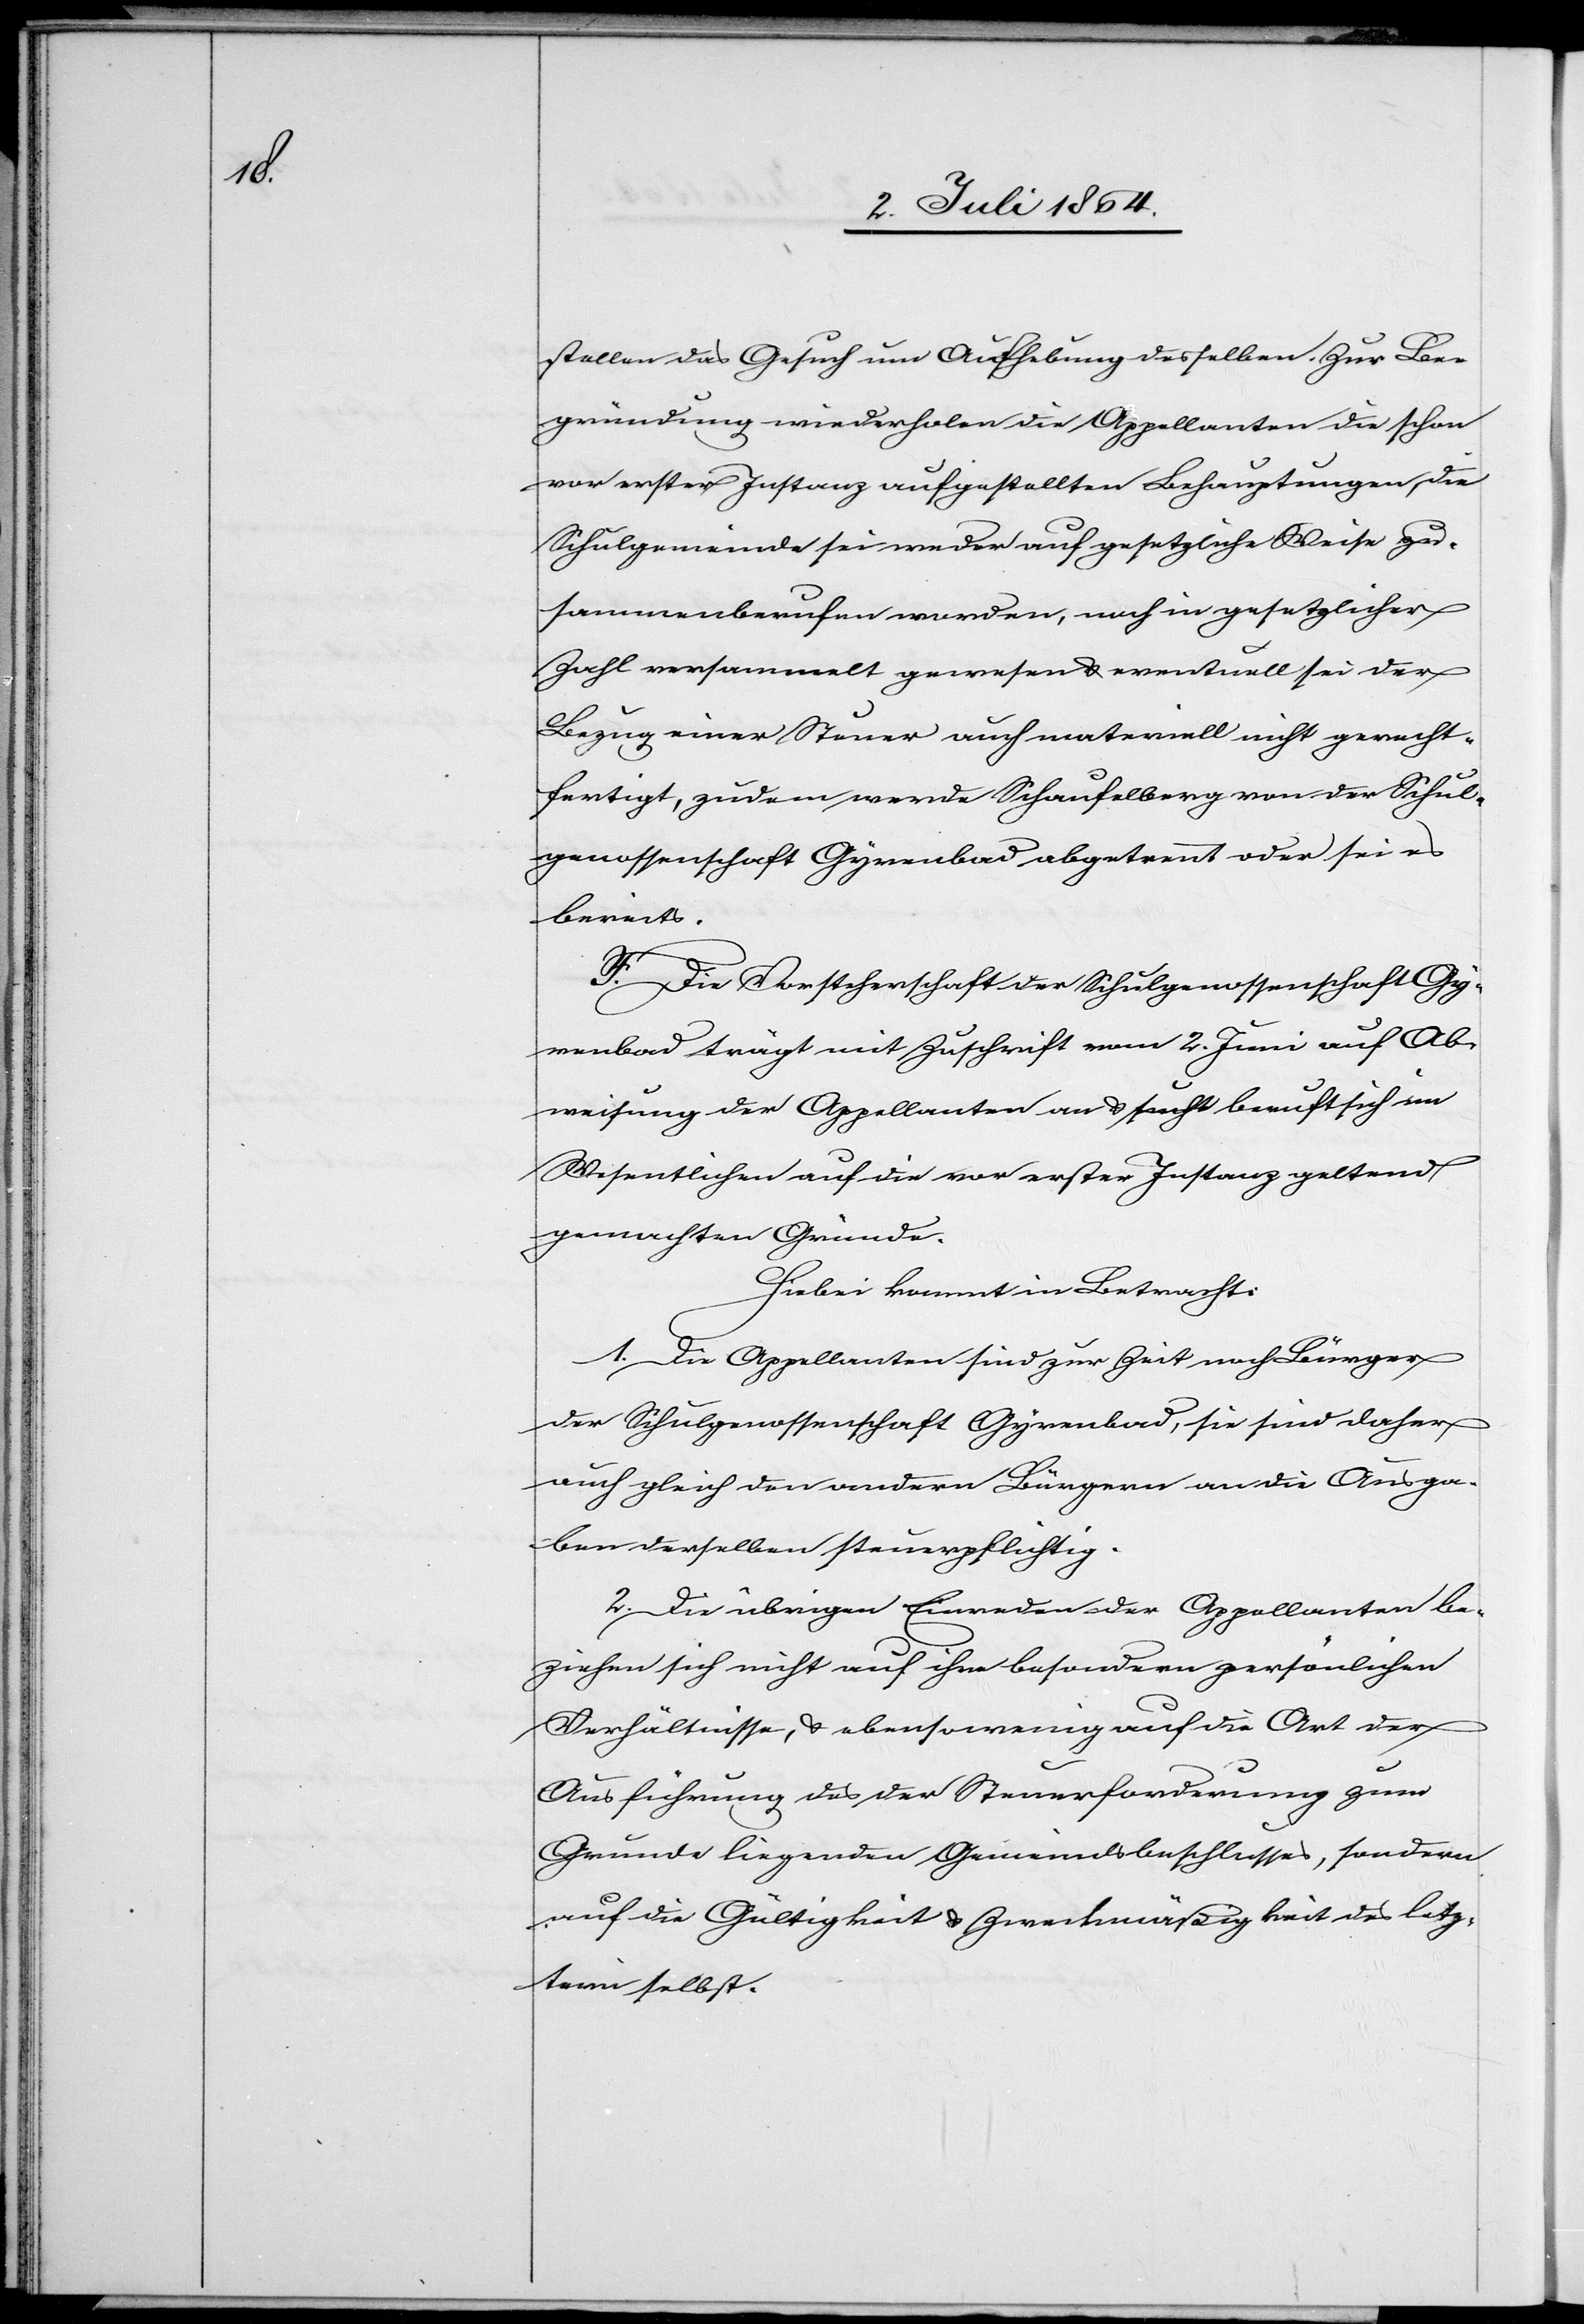
stellen das Gesuch um Aufhebung desselben. Zur Be¬
gründung wiederholen die Appellanten die schon
vor erster Instanz aufgestellten Behauptungen, die
Schulgemeinde sei weder auf gesetzliche Weise zu¬
sammenberufen worden, noch in gesetzlicher
Zahl versammelt gewesen u. eventuell sei der
Bezug einer Steuer auch materiell nicht gerecht¬
fertigt, zudem werde Schaufelberg von der Schul¬
genossenschaft Gyrenbad abgetrennt oder sei es
bereits.
F. Die Vorsteherschaft der Schulgenossenschaft Gy¬
renbad trägt mit Zuschrift vom 2. Juni auf Ab¬
weisung der Appellanten an u. beruft sich im
Wesentlichen auf die vor erster Instanz geltend
gemachten Gründe.
Hiebei kommt in Betracht:
1. Die Appellanten sind zur Zeit noch Bürger
der Schulgenossenschaft Gyrenbad, sie sind daher
auch gleich den andern Bürgern an die Ausga¬
ben derselben steuerpflichtig.
2. Die übrigen Einreden oder Appellanten be¬
ziehen sich nicht auf ihre besondern persönlichen
Verhältnisse, u. ebensowenig auf die Art der
Ausführung des der Steuerforderung zum
Grunde liegenden Gemeindsbeschlusses, sondern
auf die Gültigkeit u. Zweckmäßigkeit des letz¬
tern selbst.